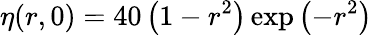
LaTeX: \eta(r,0)=40\left(1-r^{2}\right)\exp\left(-r^{2}\right)